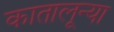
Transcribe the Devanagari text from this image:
कातालून्या